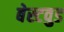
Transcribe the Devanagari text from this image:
बेस्टवुड